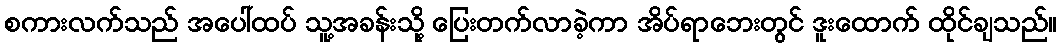
စကားလက်သည် အပေါ်ထပ် သူ့အခန်းသို့ ပြေးတက်လာခဲ့ကာ အိပ်ရာဘေးတွင် ဒူးထောက် ထိုင်ချသည်။